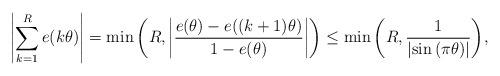
LaTeX: \begin{align*}\left| \sum_{k=1}^R e(k\theta)\right|=\min{\left(R, \left|\frac{e(\theta)-e((k+1)\theta)}{1-e(\theta)}\right| \right)}\leq \min{\left(R, \frac{1}{\left| \sin{(\pi \theta)} \right|}\right)},\end{align*}